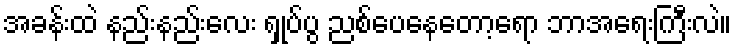
အခန်းထဲ နည်းနည်းလေး ရှုပ်ပွ ညစ်ပေနေတော့ရော ဘာအရေးကြီးလဲ။